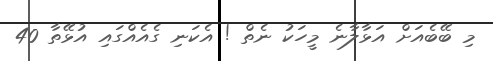
މި ބޭބެއަށް އަޅާލާނެ މީހަކު ނެތް ! އެކަނި ގެއެއްގައި އުޅޭތާ 40